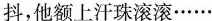
抖，他额上汗珠滚滚……